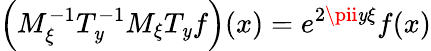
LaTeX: \left(M_{\xi}^{-1}T_{\mathit{y}}^{-1}M_{\xi}T_{\mathit{y}}f\right)(x)=e^{2\pii\mathit{y}\xi}f(x)